Senior Leaving Certificate Examination (including Day School Certificate (Higher) General paper), 1947
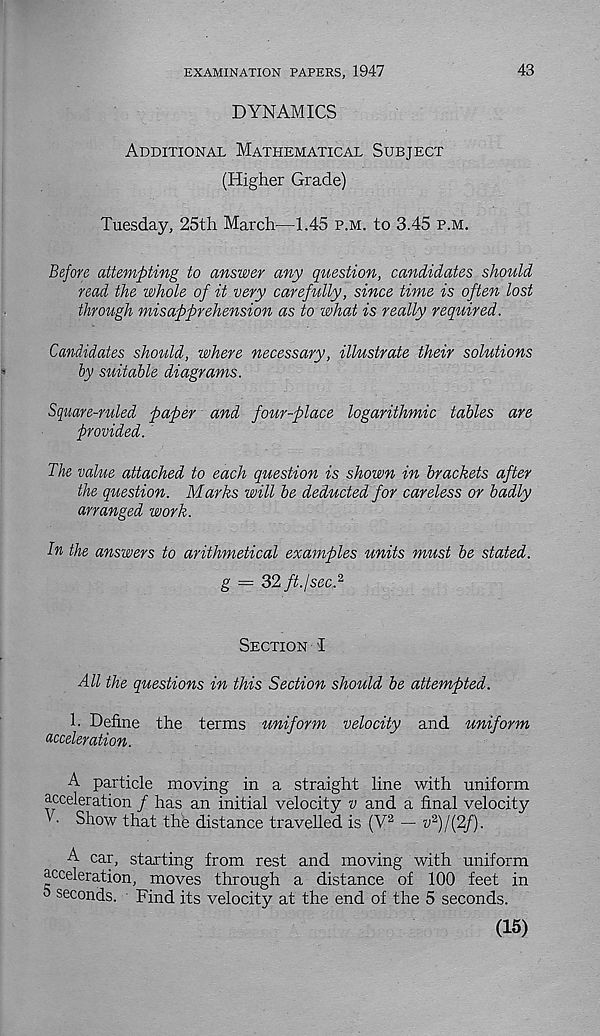
EXAMINATION PAPERS, 1947
43
DYNAMICS
Additional Mathematical Subject
(Higher Grade)
Tuesday, 25th March—1.45 p.m. to 3.45 p.m.
Before attempting to answer any question, candidates should
read the whole of it very carefully, since time is often lost
through misapprehension as to what is really required.
Candidates should, where necessary, illustrate their solutions
by suitable diagrams.
Square-ruled paper and four-place logarithmic tables are
provided.
The value attached to each question is shown in brackets after
the question. Marks will be deducted for careless or badly
arranged work.
in the answers to arithmetical examples units must be stated,
g = 2>2 ft./sec, 2
Section I
All the questions in this Section should be attempted.
h Define the terms uniform velocity and uniform
acceleration.
A particle moving in a straight line with uniform
acceleration / has an initial velocity v and a final velocity
V. Show that the distance travelled is (V 2 — v 2 )/(2f).
A car, starting from rest and moving with uniform
acceleration, moves through a distance of 100 feet in
S seconds. Find its velocity at the end of the 5 seconds.
(15)